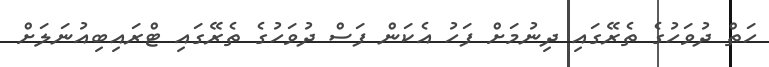
ހަތް ދުވަހުގެ ތެރޭގައި ދިނުމަށް ފަހު އެކަން ފަސް ދުވަހުގެ ތެރޭގައި ޓްރައިބިއުނަލަށް